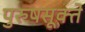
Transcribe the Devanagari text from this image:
पुरुषसूक्ते